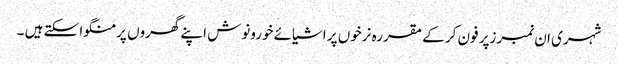
شہری ان نمبرزپر فون کر کے مقررہ نرخوں پر اشیائے خورونوش اپنے گھروں پر منگوا سکتے ہیں ۔